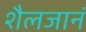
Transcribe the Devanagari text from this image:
शैलजानं